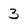
Character: 3